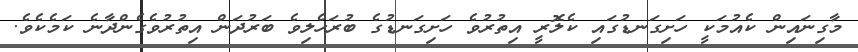
މާގިނައިން ކެއުމަކީ ހަށިގަނޑުގައި ކެލޮރީ އިތުރުވެ ހަށިގަނޑުގެ ބުރަހެލިވެ ބަރުދަން އިތުރުވެގެންދާނެ ކަމެކެވެ.